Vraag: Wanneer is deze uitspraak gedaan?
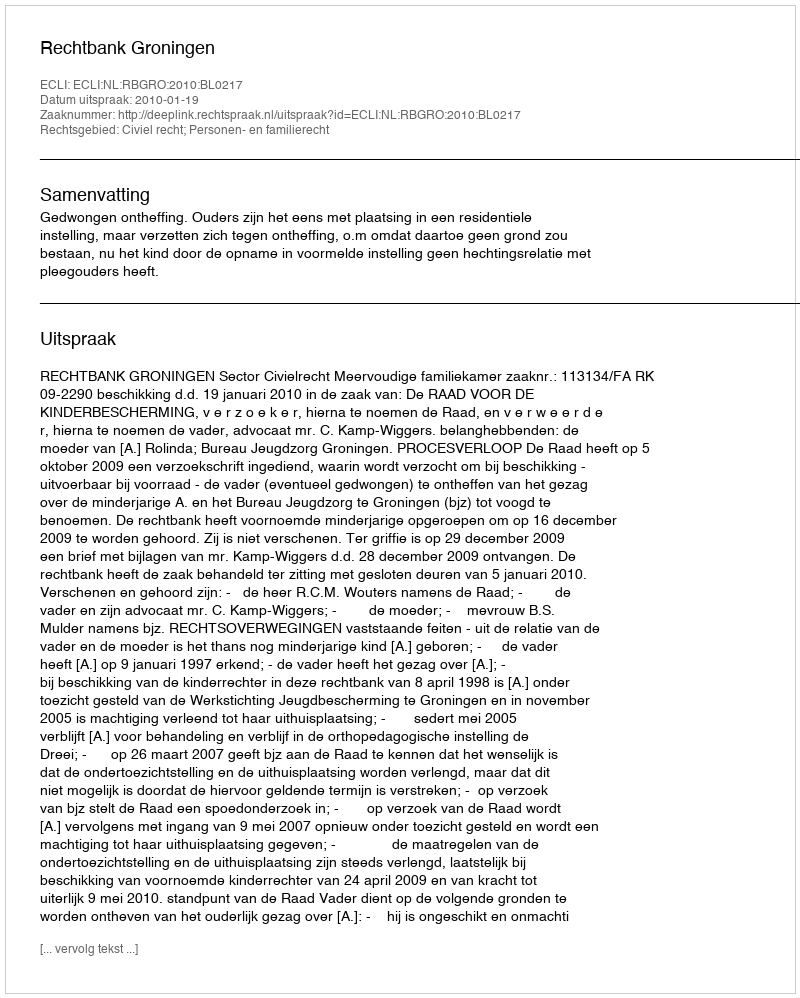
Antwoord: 2010-01-19